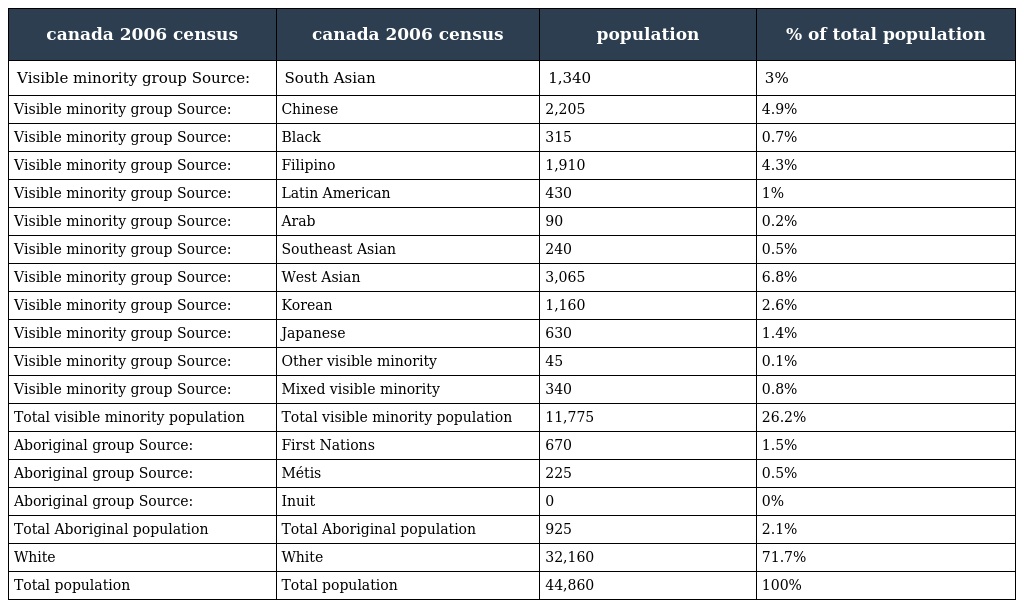
| canada 2006 census | canada 2006 census | population | % of total population |
 | --- | --- | --- | --- |
 | Visible minority group Source: | South Asian | 1,340 | 3% |
 | Visible minority group Source: | Chinese | 2,205 | 4.9% |
 | Visible minority group Source: | Black | 315 | 0.7% |
 | Visible minority group Source: | Filipino | 1,910 | 4.3% |
 | Visible minority group Source: | Latin American | 430 | 1% |
 | Visible minority group Source: | Arab | 90 | 0.2% |
 | Visible minority group Source: | Southeast Asian | 240 | 0.5% |
 | Visible minority group Source: | West Asian | 3,065 | 6.8% |
 | Visible minority group Source: | Korean | 1,160 | 2.6% |
 | Visible minority group Source: | Japanese | 630 | 1.4% |
 | Visible minority group Source: | Other visible minority | 45 | 0.1% |
 | Visible minority group Source: | Mixed visible minority | 340 | 0.8% |
 | Total visible minority population | Total visible minority population | 11,775 | 26.2% |
 | Aboriginal group Source: | First Nations | 670 | 1.5% |
 | Aboriginal group Source: | Métis | 225 | 0.5% |
 | Aboriginal group Source: | Inuit | 0 | 0% |
 | Total Aboriginal population | Total Aboriginal population | 925 | 2.1% |
 | White | White | 32,160 | 71.7% |
 | Total population | Total population | 44,860 | 100% |